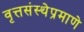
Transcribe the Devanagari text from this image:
वृत्तसंस्थेप्रमाणे